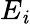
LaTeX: E_{\mathit{i}}